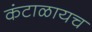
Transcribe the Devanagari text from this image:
कंटाळायच